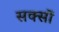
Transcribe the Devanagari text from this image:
सक्सों